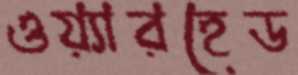
ওয়্যারহেড